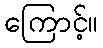
ကြောင့်။